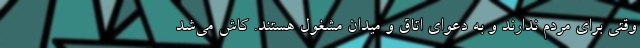
وقتی برای مردم ندارند و به دعوای اتاق و میدان مشغول هستند. کاش می‌‌شد